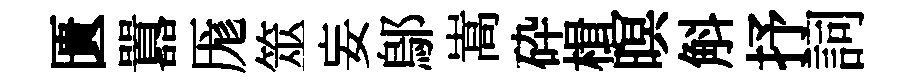
匱囂厖筮妄鄔嵩砕楫暝斛抒詞